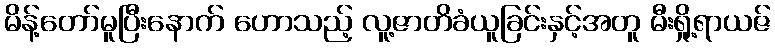
မိန့်တော်မူပြီးနောက် ဟောသည့် လူ့ဇာတိခံယူခြင်းနှင့်အတူ မီးရှို့ရာယဇ်